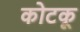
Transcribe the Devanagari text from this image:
कोटकू